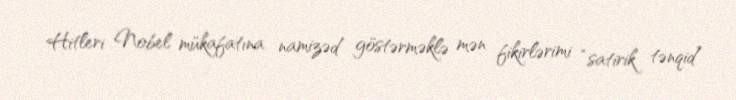
Hitleri Nobel mükafatına namizəd göstərməklə mən fikirlərimi “satirik tənqid”